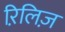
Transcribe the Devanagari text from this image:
रिलि़ज़